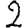
Digit: 2